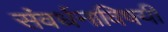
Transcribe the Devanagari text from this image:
संवर्धनाविषयी